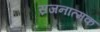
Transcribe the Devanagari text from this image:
स्रजनात्मक